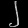
Digit: ၂